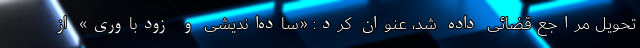
تحویل مراجع قضائی داده شد، عنوان کرد: «ساده‌اندیشى و زودباوری» از